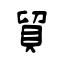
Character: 貿